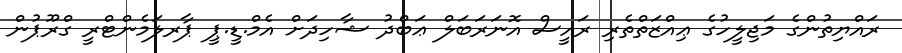
ރައްޔިތުންގެ މަޖިލީހުގެ ޢިއްޒަތްތެރި ރައީސް އޮނަރަބަލް ޢަބްދު ޝާހިދަށް އެމް.ޑީ.ޕީ ޕާރލަމެންޓްރީ ގްރޫޕުން